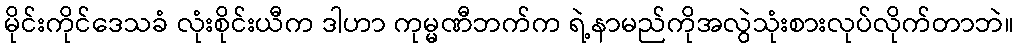
မိုင်းကိုင်ဒေသခံ လုံးစိုင်းယီက ဒါဟာ ကုမ္မဏီဘက်က ရဲ့နာမည်ကိုအလွဲသုံးစားလုပ်လိုက်တာဘဲ။